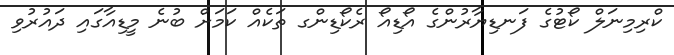
ކްރިމިނަލް ކޯޓުގެ ފަނޑިޔާރުންގެ އޯޑިއޯ ރެކޯޑިންގ ތަކެއް ކަމަށް ބުނެ މީޑިއާގައި ދައުރުވި